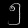
Digit: ၅